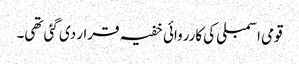
قومی اسمبلی کی کارروائی خفیہ قرار دی گئی تھی۔